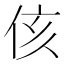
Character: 侅